Madras plague regulations in force outside the Presidency town - Volume 1
Disease focus: Plague
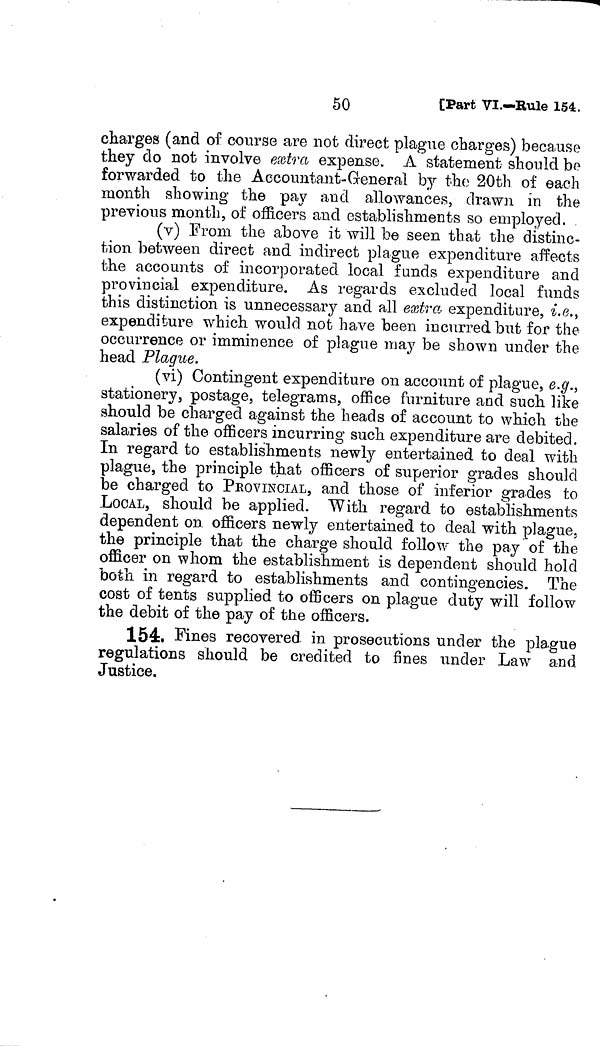
50
[Part VI.—Rule 154.
charges (and oí course are not direct plague charges) because
they do not involve extra expense. A statement should be
forwarded to the Accountant-General by the 20th of each
month showing the pay and allowances, drawn in the
previous month, of officers and establishments so employed.
(v) From the above it will be seen that the distinc-
tion between direct and indirect plague expenditure affects
the accounts of incorporated local funds expenditure and
provincial expenditure. As regards excluded local funds
this distinction is unnecessary and all extra expenditure, i.e.)
expenditure which would not have been incurred but for the
occurrence or imminence of plague may be shown under the
head Plague.
(vi) Contingent expenditure on account of plague, e.g.,
stationery, postage, telegrams, office furniture and such like
should be charged against the heads of account to which tbe
salaries of the officers incurring such expenditure are debited.
In regard to establishments newly entertained to deal with
plague, the principle that officers of superior grades should
be charged to PEOVINCIAL, and those of inferior grades to
LOCAL, should be applied. With regard to establishments
dependent on officers newly entertained to deal with plague,
the principle that the charge should follow the pay of the
officer on whom the establishment is dependent should hold
both in regard to establishments and contingencies. The
cost of tents supplied to officers on plague duty will follow
the debit of the pay of the officers.
154. Fines recovered in prosecutions under the plague
regulations should be credited to fines under Law and
Justice.